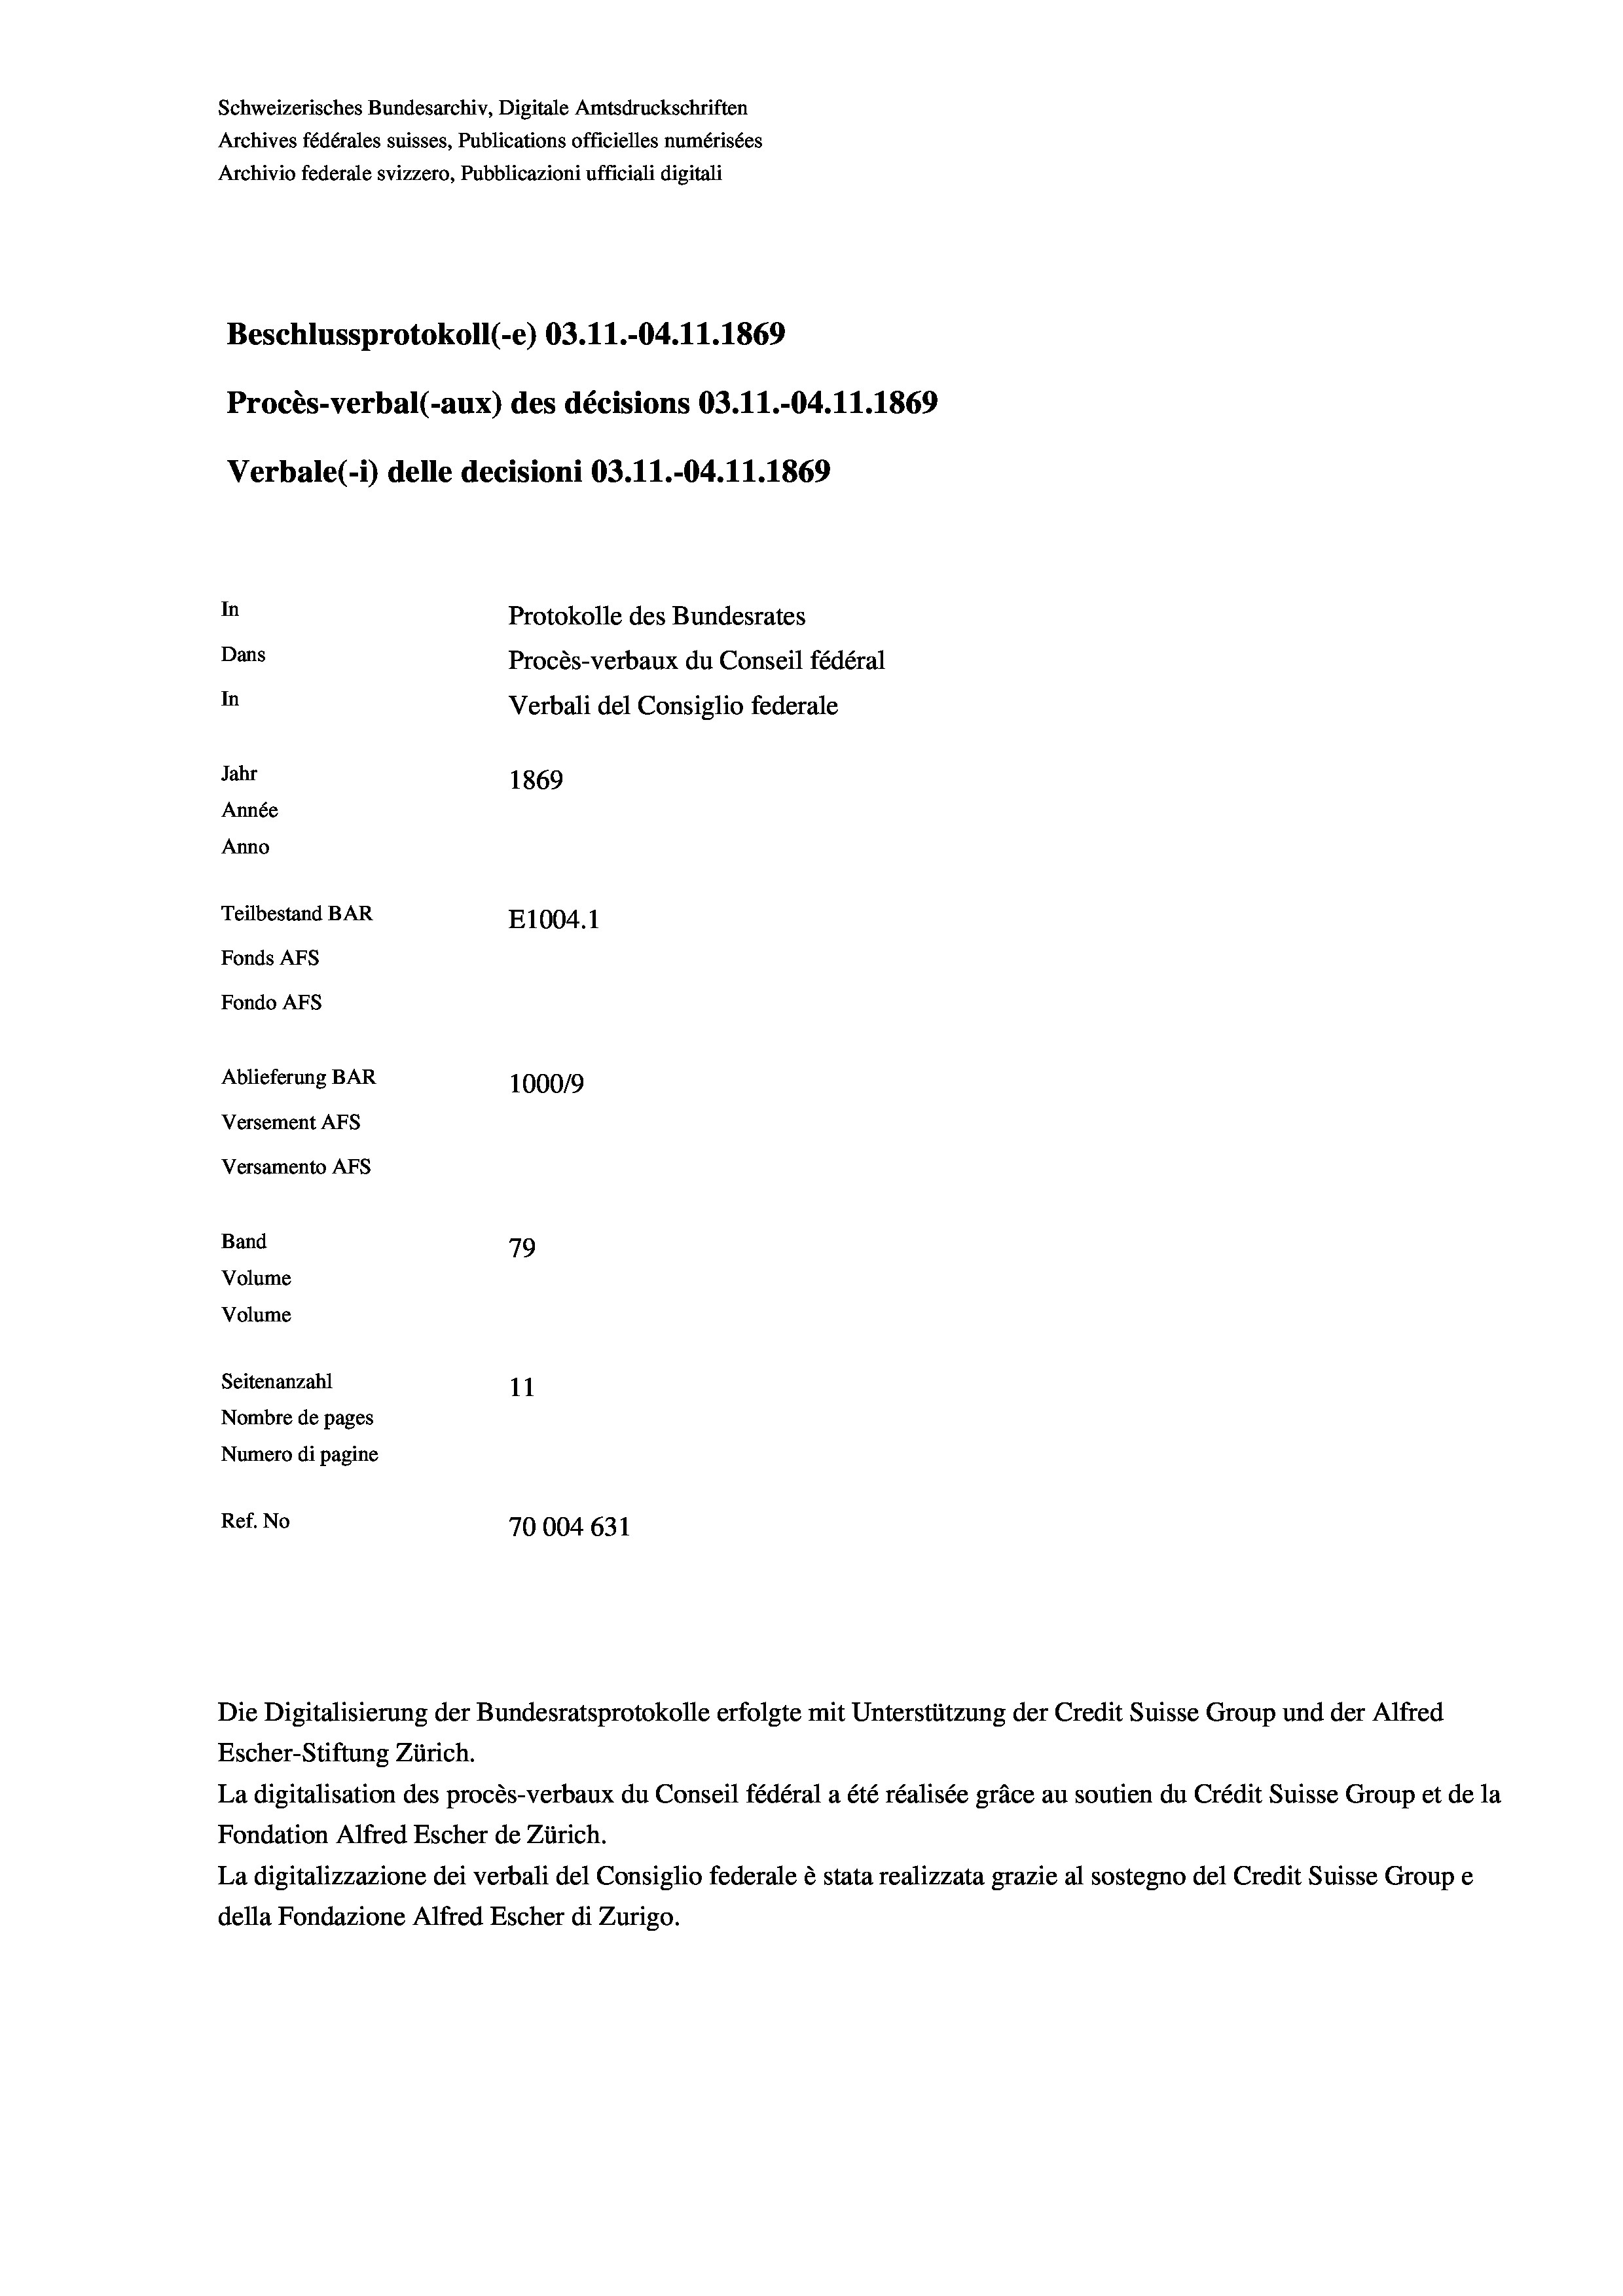
Schweizerisches Bundesarchiv, Digitale Amtsdruckschriften
Archives fédérales suisses, Publications officielles numérisées
Archivio federale svizzero, Pubblicazioni ufficiali digitali
Beschlussprotokoll (-e) 03.11.-04.11.1869
Procès-verbal (-aux) des décisions 03.11.-04.11.1869
Verbale(-*) delle decisioni 03.11.-04.11.1869
In
Protokolle des Bundesrates
Dans
Procès-verbaux du Conseil fédéral
In
Verbali del Consiglio federale
Jahr
1869
Année
Anno
Teilbestand BAR
E1004. 1
Fonds AFs
Fondo AFs
Ablieferung BAR
100019
Versement As
Versamento AFs
Band
79
Volume
Volume

Seitenanzahl
11
Nombre de pages
Numero di pagine
Ref. No
70004 631

Escher-Stiftung Zürich.
La digitalisation des procès-verbaux du Conseil fédéral a été réalisée gräce au soutien du Crédit Suisse Group et de la
Fondation Alfred Escher de Zürich.
La digitalizzazione dei verbali del Consiglio federale è stata realizzata grazie al sostegno del Credit Suisse Groupe
della Fondazione Alfred Escher di Zurigo.

Die Digitalisierung der Bundesratsprotokolle erfolgte mit Unterstützung der Credit Suisse Group und der Alfred